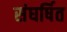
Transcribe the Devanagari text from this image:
संघर्षित